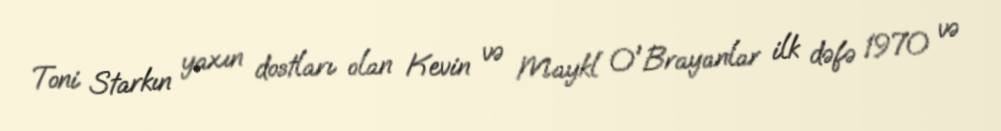
Toni Starkın yaxın dostları olan Kevin və Maykl O'Brayanlar ilk dəfə 1970 və